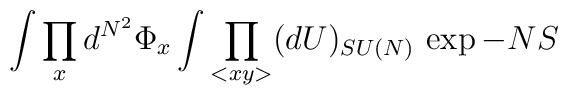
\int \prod_x d^{N^2}\Phi_x \int \prod_{<xy>} (dU)_{SU(N)} \, \exp{-N S}